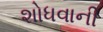
શોધવાની